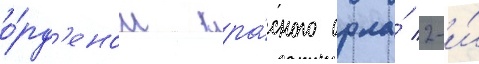
о́рд'еном кра́сного орла́ 2-и́